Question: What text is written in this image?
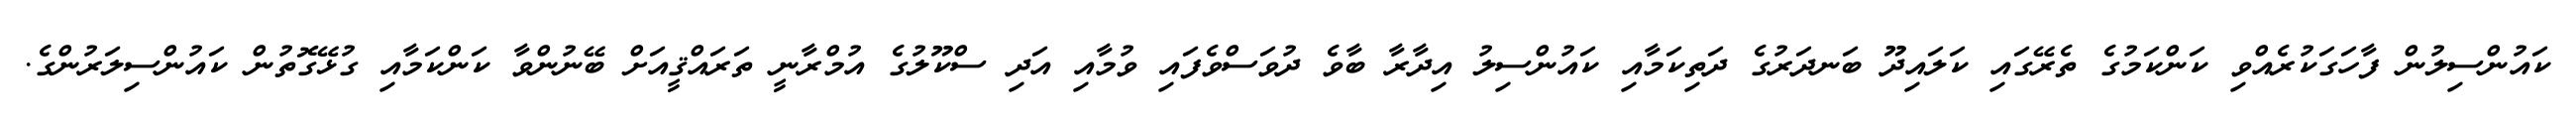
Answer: ކައުންސިލުން ފާހަގަކުރެއްވި ކަންކަމުގެ ތެރޭގައި ކަލައިދޫ ބަނދަރުގެ ދަތިކަމާއި ކައުންސިލު އިދާރާ ބާވެ ދުވަސްވެފައި ވުމާއި އަދި ސްކޫލުގެ އުމްރާނީ ތަރައްޤީއަށް ބޭނުންވާ ކަންކަމާއި ގުޅޭގޮތުން ކައުންސިލަރުންގެ.